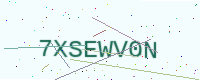
Text: 7XSEWV0N